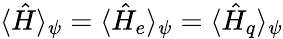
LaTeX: \langle\hat{H}\rangle_{\psi}=\langle\hat{H}_{e}\rangle_{\psi}=\langle\hat{H}_{q}\rangle_{\psi}